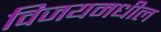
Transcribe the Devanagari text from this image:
विजयमधील